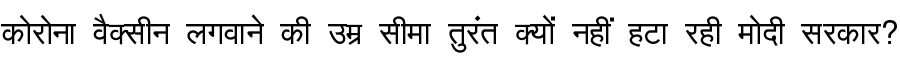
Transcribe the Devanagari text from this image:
कोरोना वैक्सीन लगवाने की उम्र सीमा तुरंत क्यों नहीं हटा रही मोदी सरकार?